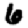
Digit: 6